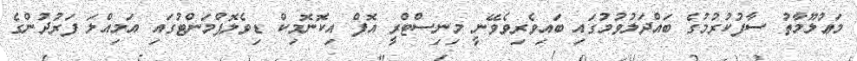
މަޢުލޫމާތު ސާފުކުރުމުގެ ބައްދަލުވުމުގައި ބައިވެރިވެވޭނީ މިނިސްޓްރީ އޮފް އިކޮނޮމިކް ޑިވެލޮޕްމަންޓުގައި އަމިއްލަ ފަރުދުންގެ